Annual administration report of the Bombay Presidency - 1887-1892
Year: 1887
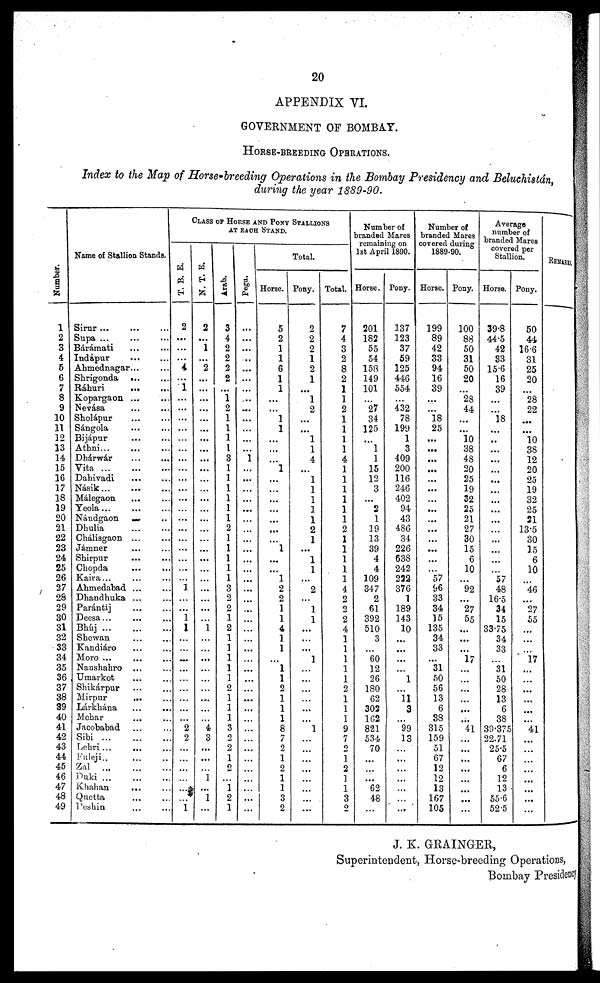
20
APPENDIX VI.
GOVERNMENT OF BOMBAY.
HORSE-BREEDING
OPERATIONS.
Index to the Map of Horse-breeding Operations in the Bombay Presidency and Beluchistán,
during the year 1889-90.
Numbe r
.
1
2
3
4
5
6
7
8
9
10
11
12
13
14
15
16
17
18
19
20
21
22
23
24
25
26
27
28
29
30
31
32
33
34
35
36
37
38
39
40
41
42
43
44
45
46
47
48
49
Name of Stallion Stands.
Sirur ... ... ...
Supa ... ... ...
Bárámati ... ...
Indápur ... ...
Ahmednagar...
...
Shrigonda ... ...
Ráhuri
...
...
Kopargaon ... ...
Nevása ... ...
Sholápur ... ...
Sángola ... ...
Bijápur
... ...
Athni... ... ...
Dhárwár ... ...
Vita
...
...
...
Dahivadi
...
...
Násik
...
...
...
Málegaon ... ...
Yeola... ... ...
Nándgaon ... ...
Dhulia ... ...
Chálisgaon ... ...
Jámner ... ...
Shirpur ... ...
Chopda
...
...
Kaira... ... ...
Ahmedabad ... ...
Dhandhuka ... ...
Parántij ... ...
Deesa... ... ...
Bhúj
...
...
...
Shewan ... ...
Kandiáro ... ...
Moro ... ... ...
Naushahro ... ...
Umarkot ... ...
Shikárpur ... ...
Mirpur
... ...
Lárkhána
...
...
Mehar ... ...
Jacobabad ... ...
Sibi ...
Lehri ...
...
Fuleji.. ... ..
Za ... ... ...
Duki
...
...
...
Khahan ... ...
Quetta ... ...
Peshin ... ...
CLASS OF HORSE AND PONY STALLIONS
AT
EACH
STAND.
T. B. E.
2
...
...
...
4
...
1
...
...
...
...
...
...
...
...
...
...
...
...
...
...
...
...
...
...
...
1
...
...
1
1
...
...
...
...
...
...
...
...
...
2
2
...
...
...
...
...
...
1
N. T. E.
2
...
1
...
2
...
...
...
...
...
...
...
...
...
...
...
...
...
...
...
...
...
...
...
...
...
...
...
...
...
1 ...
...
...
...
...
...
...
...
...
4 3
...
...
...
1
...
1 ...
Arab.
3
4
2
2
2
2
...
1
2
1
1
1
1
3
1
1
1
1
1
1
2
1
1
1
1
1
3
2
2
1
2
1
1
1
1
1
2
1
1
1
3
2
2
1
2
...
1 2
1
Pegu.
...
...
...
..
...
...
...
...
...
...
...
...
...
1
...
...
...
...
...
...
...
...
...
......
......
......
...
...
......
...
...
...
...
...
...
...
...
...
...
...
...
...
...
...
...
...
...
......
...
Total.
Horse.
5
2
1
1
6
1
1
...
...
1
1
...
...
...
1
...
...
...
...
...
...
...
1
...
...
1
2
2
1
1
4
1
1
...
1
1
2
1
1
1
8
7
2
1
2
1
1
3
2
Pony.
2
2
2
1
2
1
...
1
2
...
...
1
1
4
...
1
1
1
1
1
2
1
...
1
1
...
2
...
1
1
...
...
...
1
...
......
...
...
...
...
1
...
...
...
...
...
...
...
...
Total.
7
4
3
2
8
2
1
1
2
1
1
1
1
4
1
1
1
1
1
1
2
1
1
1
1
1
4
2
2
2
4
1
1
1
1
1
2
1
1
1
9
7
2
1
2
1
1
3
2
Number of
branded Mares
remaining on
1st April 1890.
Horse.
201
182
55
54
158
149
101
...
27
34
125
...
1
1
15
12
3
...
2
1
19
13
39
4
4
109
347
2
61
392
510
3
...
60
12
26
180
62
302
162
821
534
70
...
...
...
62
48
...
Pony.
137
123
37
59
125
446
554
...
432
78
199
1
3
409
200
116
246
402
94
43
486
34
226
638
242
222
376
1
189
143
10
...
...
...
...
1
...
11
3
...
99
13
...
...
...
...
...
...
...
Number of
branded Mares
covered during
1889-90.
Horse.
199
89
42
33
94
16
39
...
...
18
25
...
...
...
...
...
...
...
...
...
...
...
...
...
...
57
96
33
34
15
135
34
33
...
31
50
56
13
6
38
315
159
51
67
12
12
13
167
105
Pony.
100
88
50
31
50
20
...
28
44
...
...
10
38
48
20
25
19
32
25
21
27
30
15
6
10
...
92
......
27
55
...
...
...
17
...
...
...
...
...
......
41
...
...
...
...
...
...
...
...
Average
number of
branded Mares
covered per
Stallion.
Horse.
39.8
44.5
42
33
15.6
16
39
...
...
18
...
...
...
...
...
...
...
...
...
...
...
...
...
...
...
57
48
16.5
34
15
33.75
34
33
...
31
50
28
13
6
38
39.375
22.71
25.5
67
6
12
13
55.6
52.5
Pony.
50
44
16.6
31
25
20
...
28
22
...
...
10
38
12
20
25
19
32
25
21
13.5
30
15
6
10
...
46
...
27
55
...
...
...
17
...
...
...
...
...
...
41
...
...
...
...
...
...
...
...
REMARKS
J. K. GRAINGER,
Superintendent, Horse-breeding Operations,
Bombay Presidency